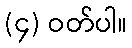
(၄) ဝတ်ပါ။